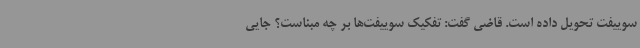
سوییفت تحویل داده است. قاضی گفت: تفکیک سوییفت‌ها بر چه مبناست؟ جایی